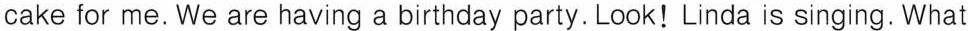
cake for me. We are having a birthday party. Look!Linda is singing. What